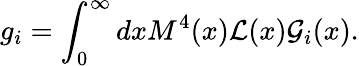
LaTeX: g_{i}=\int_{0}^{\infty}dxM^{4}(x){\cal L}(x){\cal G}_{i}(x).